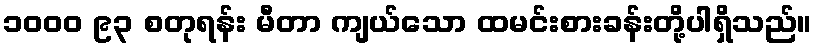
၁၀၀၀ ၉၃ စတုရန်း မီတာ ကျယ်သော ထမင်းစားခန်းတို့ပါရှိသည်။